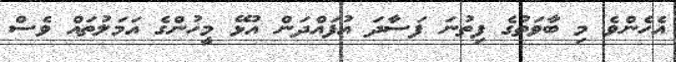
އެހެންވެ މި ބާވަތުގެ ފިތުނަ ފަސާދަ އުފައްދަން އުޅޭ މީހުންގެ އަމަލުތައް ވެސް